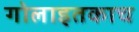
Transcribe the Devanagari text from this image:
गोलाइतकाच